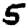
Digit: 5